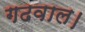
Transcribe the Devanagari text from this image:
गढवाल।